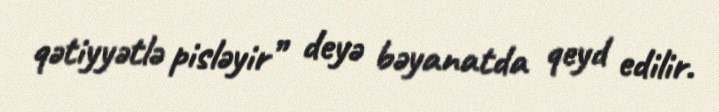
qətiyyətlə pisləyir” deyə bəyanatda qeyd edilir.